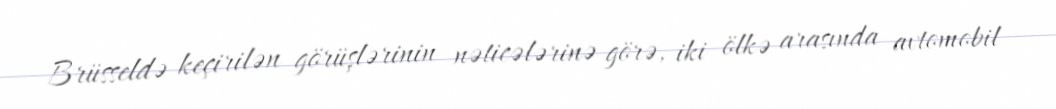
Brüsseldə keçirilən görüşlərinin nəticələrinə görə, iki ölkə arasında avtomobil